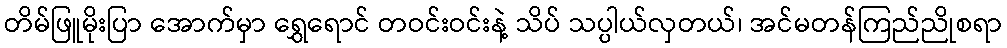
တိမ်ဖြူမိုးပြာ အောက်မှာ ရွှေရောင် တဝင်းဝင်းနဲ့ သိပ် သပ္ပါယ်လှတယ်၊ အင်မတန်ကြည်ညိုစရာ